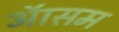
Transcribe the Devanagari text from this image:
ऑसम